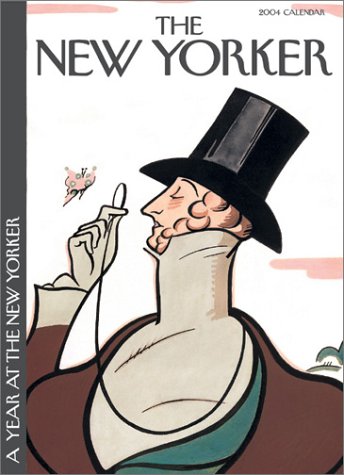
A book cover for A Year at The New Yorker 2004 Wall Calendar; Editors of New Yorker Magazine; Humor & Entertainment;